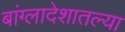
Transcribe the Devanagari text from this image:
बांग्लादेशातल्या